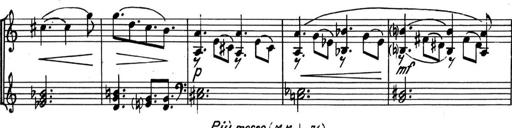
Title: Kleine Sonate
Composer: Raoul Koczalski
Key: C major